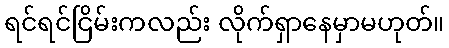
ရင်ရင်ငြိမ်းကလည်း လိုက်ရှာနေမှာမဟုတ်။